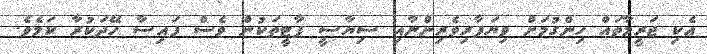
އެކި ޖަރީމާތައް ހިންގުމަށް ވިޔަފާރިވެރިންނާއި ސިޔާސީ ޕާޓީތަކުން ވެސް ފައިސާ ހޭދަކުރާ ކަމެވެ.